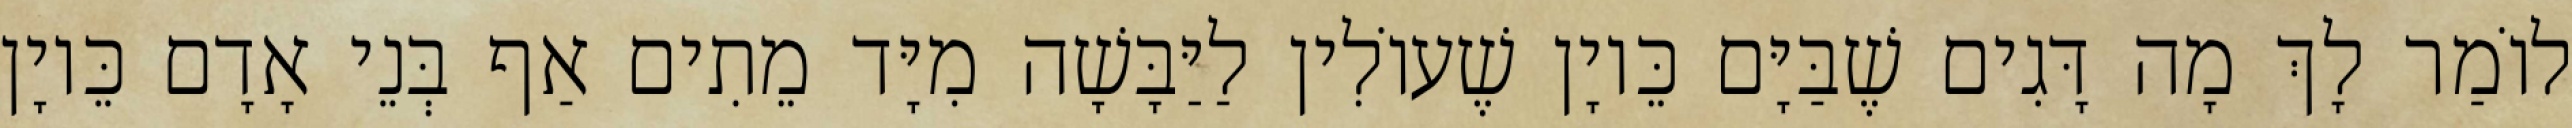
לוֹמַר לָךְ מָה דָּגִים שֶׁבַּיָּם כֵּיוָן שֶׁעוֹלִין לַיַּבָּשָׁה מִיָּד מֵתִים אַף בְּנֵי אָדָם כֵּיוָן